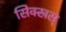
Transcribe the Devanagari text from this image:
सिक्खस्